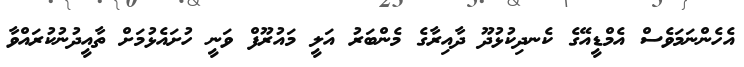
އެހެންނަމަވެސް އެމްޑީއޭގެ ކެނދިކުޅުދޫ ދާއިރާގެ މެންބަރު އަލީ މައުރޫފް ވަނީ ހުށައެޅުމަށް ތާއީދުނުކުރައްވާ